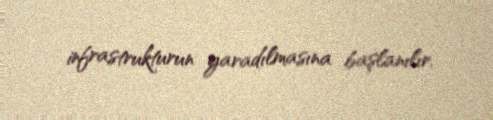
infrastrukturun yaradılmasına başlanılır.